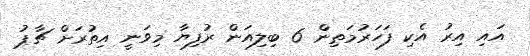
އައި އިރު އެކި ފަހަރުމަތިން 6 ބިލިއަން ރުފިޔާ މިވަނީ އިތުރަށް ޗާޕު